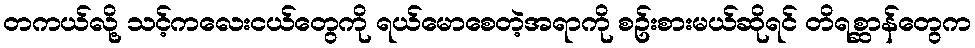
တကယ်လို့ သင့်ကလေးငယ်တွေကို ရယ်မောစေတဲ့အရာကို စဥ်းစားမယ်ဆိုရင် တိရစ္ဆာန်တွေက